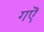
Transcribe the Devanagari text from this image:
गऎ